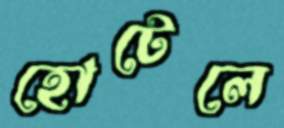
হোটেলে